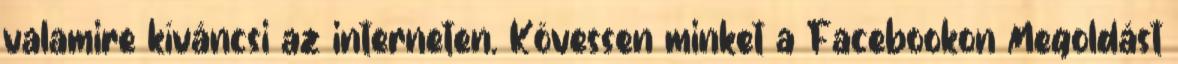
valamire kíváncsi az interneten. Kövessen minket a Facebookon Megoldást